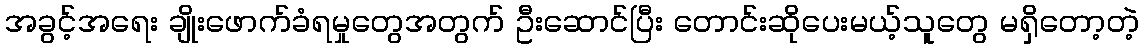
အခွင့်အရေး ချိုးဖောက်ခံရမှုတွေအတွက် ဦးဆောင်ပြီး တောင်းဆိုပေးမယ့်သူတွေ မရှိတော့တဲ့